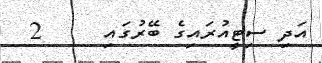
އަދި ސިޓީއުރައިގެ ބޭރުގައި     2